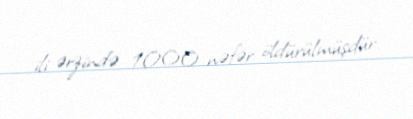
ili ərzində 1000 nəfər öldürülmüşdür.